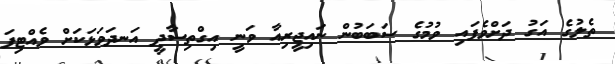
ތެލުގެ އަގު ދަށްވެފައި ވުމުގެ ސަބަބުން ނައިޖީރިއާ ވަނީ އިގްތިސާދީ އަނދަވަޅަކަށް ވެއްޓިފަ